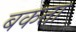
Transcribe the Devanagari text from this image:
बकता